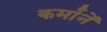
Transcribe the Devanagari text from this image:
कर्मांनें